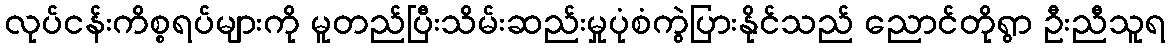
လုပ်ငန်းကိစ္စရပ်များကို မူတည်ပြီးသိမ်းဆည်းမှုပုံစံကွဲပြားနိုင်သည် ညောင်တိုရွာ ဦးညီသူရ